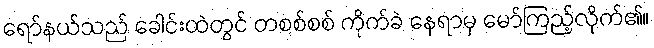
ရော်နယ်သည် ခေါင်းထဲတွင် တစစ်စစ် ကိုက်ခဲ နေရာမှ မော်ကြည့်လိုက်၏။